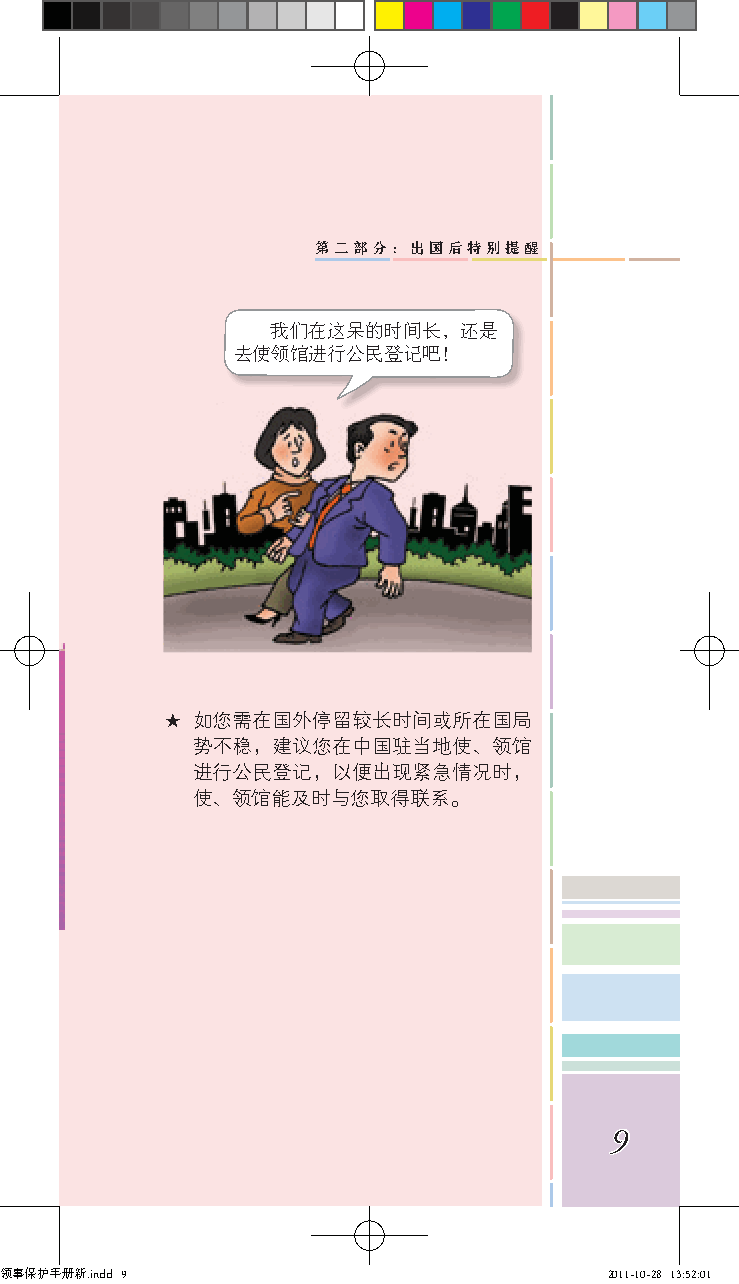
第二部分：出国后特别提醒
 我们在这呆的时间长，还是
 去使领馆进行公民登记吧！
 ★ 如您需在国外停留较长时间或所在国局
 势不稳，建议您在中国驻当地使、领馆
 进行公民登记，以便出现紧急情况时，
 使、领馆能及时与您取得联系。
 9
 领事保护手册新.indd 9                          2011-10-28 13:52:01